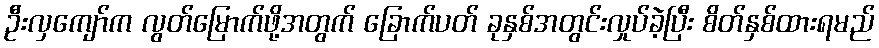
ဦးလှကျော်က လွတ်မြောက်ဖို့အတွက် ခြောက်ပတ် ခုနှစ်အတွင်းလှုပ်ခဲ့ပြီး စိတ်နှစ်ထားရမည်